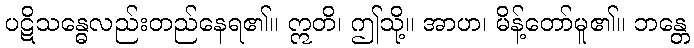
ပဋိသန္ဓေလည်းတည်နေရ၏။ ဣတိ၊ ဤသို့။ အာဟ၊ မိန့်တော်မူ၏။ ဘန္တေ